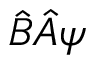
{ \hat { B } } { \hat { A } } \psi